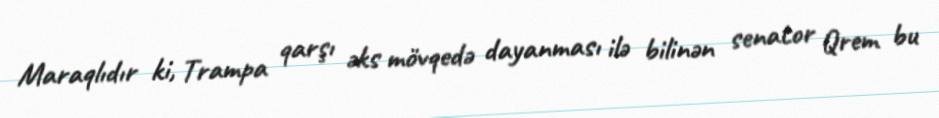
Maraqlıdır ki, Trampa qarşı əks mövqedə dayanması ilə bilinən senator Qrem bu